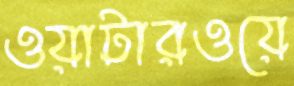
ওয়াটারওয়ে